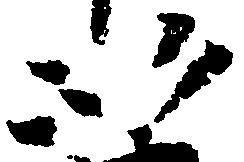
以